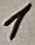
Text: 1